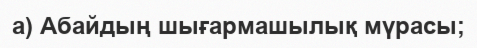
а) Абайдың шығармашылық мүрасы;